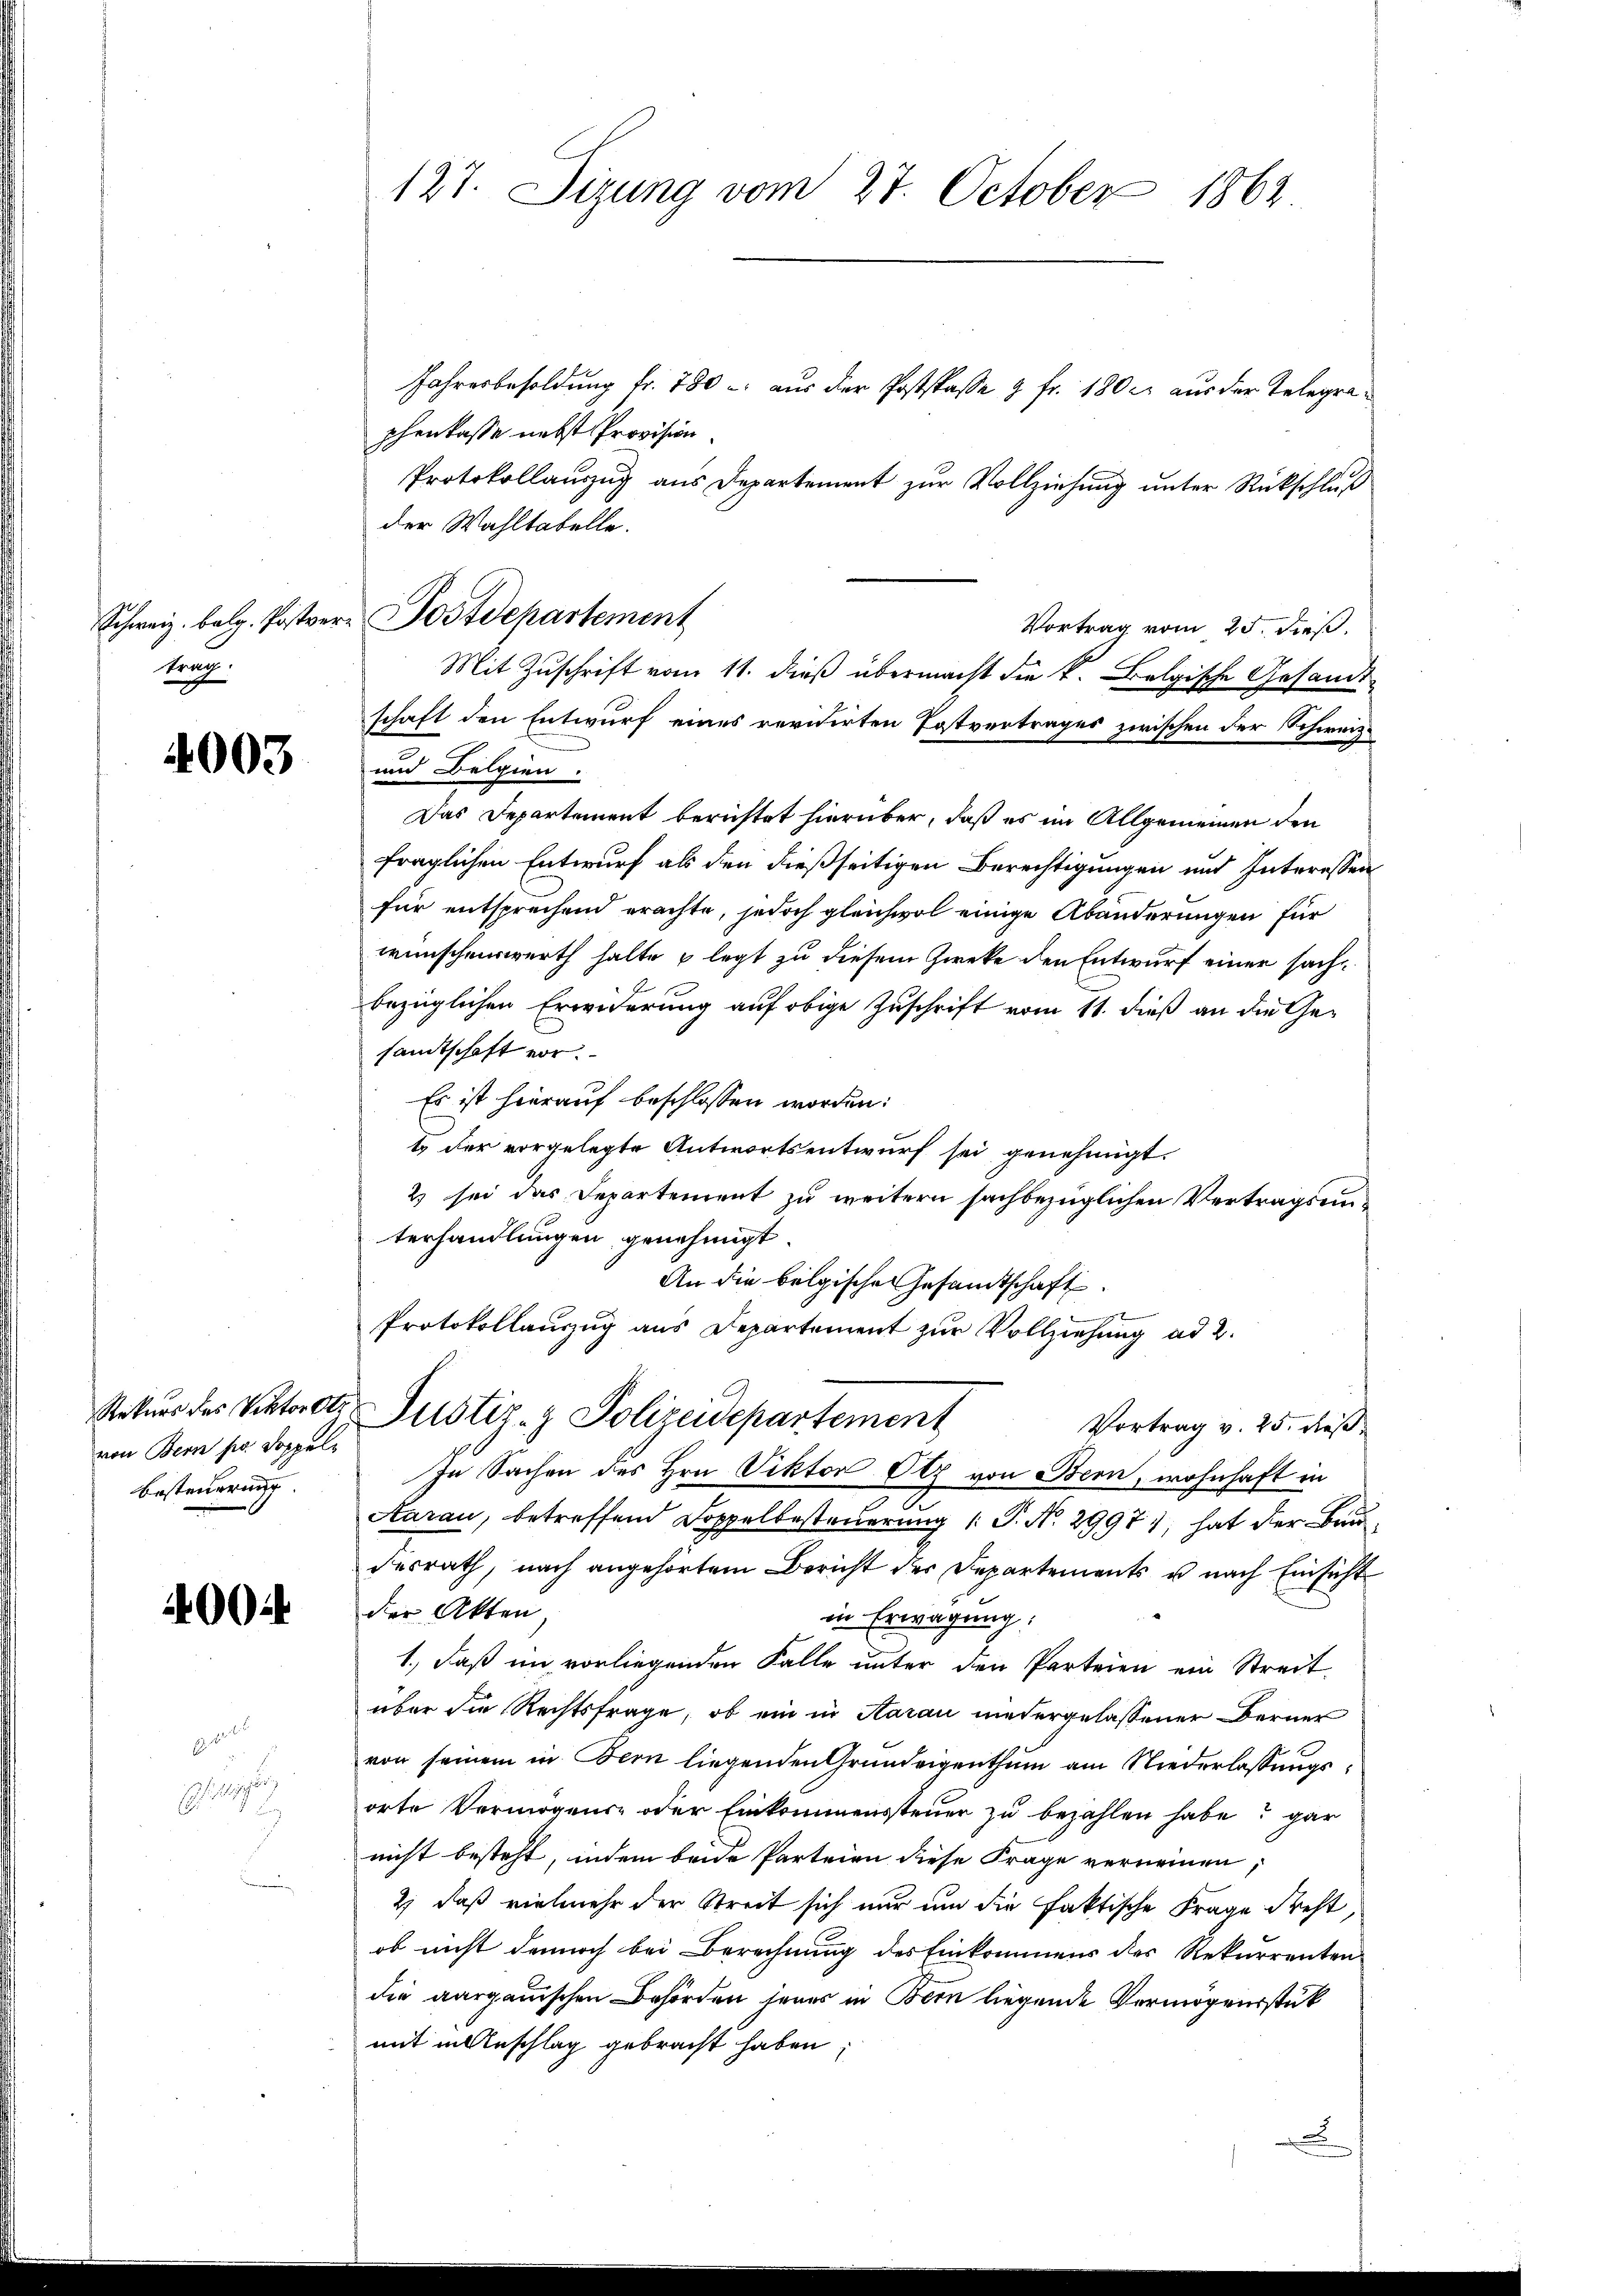
Schweiz. belg. Postver
trag.

4003

Rekurs des Viktorstr.
von Bern pr. Doppel¬
Besteuerung.

4004

H. d.

Schillig

127. Sizung vom 27. October 1862

Jahresbesoldung fr. 780 u. aus der Postspasse & fr. 180 c. aus der Telegrapchenkasse nebst Provision.
Protokollauszug aus Departement zur Vollziehŭng ŭnter Rückschluß
der Wahltabelle.
Vortrag vom 25. dieß.
Mit Zuschrift vom 11. dieß übermacht die k. Belgische Gesandtschaft den Entwurf eines revidirten Postvertrages zwischen der Schweiz.
und Belgien.
Das Departement berichtet hierüber, daß es im Allgemeinen den
fraglichen Entwurf als den dießseitigen Berechtigungen und Interessen
für entsprechend erachte, jedoch gleichwol einige Abänderungen für
wünschenswerth halte u legt zu diesem Zweke den Entwurf einer sachbezüglichen Erwiderung auf obige Zuschrift vom 11. dieß an die Gesandtschaft vor.
Es ist hierauf beschlossen worden:
t der vorgelegte Antwortsentwurf sei genehmigt.
2 sei das Departement zu weitern sachbezüglichen Vertragsunterhandlungen genehmigt.
An die belgische Gesandtschaft

Protokollauszug aus Departement zŭr Vollziehung ad 2.
Justiz- & Polizeidepartement
Vortrag v. 25. dieß
In Sachen des Hrn. Viktor Otz von Bern, wohnhaft in
Aarau, betreffend Doppelbesteuerung (: P. N. 2997), hat der Baudesrath, nach angehörtem Bericht der Departements u nach Einsicht
der Akten,
in Erwägung:
1., daß im vorliegenden Falle unter den Parteien ein Streit
über die Rechtsfrage, ob ein in Aarau niedergelassener Berner
von seinem in Bern liegenden Grundeigenthum am Niederlassungsorte Vermögens- oder Einkommenssteuer zu bezahlen habe? gar
nicht besteht, indem beide Parteien diese Frage verneinen
2) daß vielmehr der Streit sich nur um die faktische Frage dreht,
ob nicht dennoch bei Berechnung des Einkommens des Rekurrenten
die aargauischen Behörden jenes in Bern liegende Vermögensstück
mit in Anschlag gebracht haben
.

Postdepartement